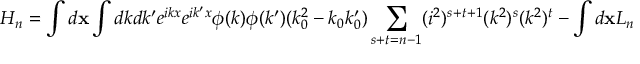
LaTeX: H _ { n } = \int d { \bf x } \int d k d k ^ { \prime } e ^ { i k x } e ^ { i k ^ { \prime } x } \phi ( k ) \phi ( k ^ { \prime } ) ( k _ { 0 } ^ { 2 } - k _ { 0 } k _ { 0 } ^ { \prime } ) \sum _ { s + t = n - 1 } ( i ^ { 2 } ) ^ { s + t + 1 } ( k ^ { 2 } ) ^ { s } ( k ^ { 2 } ) ^ { t } - \int d { \bf x } { \cal L } _ { n }